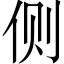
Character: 侧